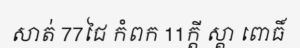
សាត់ 77ជៃ កំពក 11ក្តី ស្គា ពោធិ៍